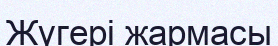
Жүгері жармасы